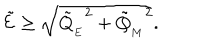
\tilde { \cal E } \geq \sqrt { { \tilde { Q } _ { _ { E } } } ^ { 2 } + { \tilde { Q } _ { _ { M } } } ^ { 2 } } .